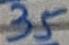
Text: 35